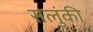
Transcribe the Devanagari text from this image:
सलुंकी